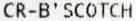
CR-B'SCOTCH